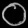
Digit: ၀